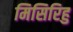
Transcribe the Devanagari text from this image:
मिसिरिहु